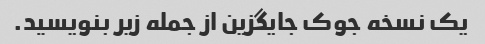
یک نسخه جوک جایگزین از جمله زیر بنویسید.